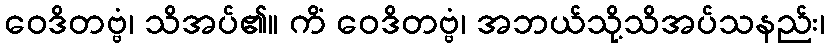
ဝေဒိတဗ္ဗံ၊ သိအပ်၏။ ကိံ ဝေဒိတဗ္ဗံ၊ အဘယ်သို့သိအပ်သနည်း၊